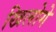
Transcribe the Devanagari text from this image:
खिलोगे